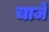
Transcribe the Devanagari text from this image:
चाजें